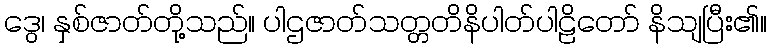
ဒွေ၊ နှစ်ဇာတ်တို့သည်။ ပါဌဇာတ်သတ္တတိနိပါတ်ပါဠိတော် နိသျပြီး၏။